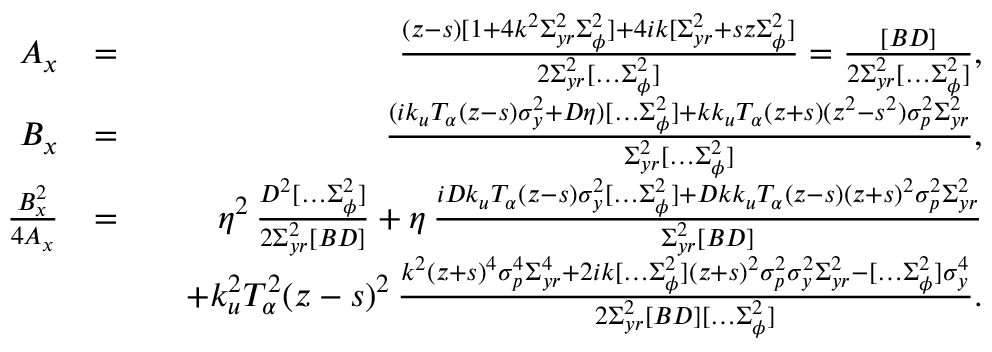
\begin{array} { r l r } { A _ { x } } & { = } & { \frac { ( z - s ) [ 1 + 4 k ^ { 2 } \Sigma _ { y r } ^ { 2 } \Sigma _ { \phi } ^ { 2 } ] + 4 i k [ \Sigma _ { y r } ^ { 2 } + s z \Sigma _ { \phi } ^ { 2 } ] } { 2 \Sigma _ { y r } ^ { 2 } [ \hdots \Sigma _ { \phi } ^ { 2 } ] } = \frac { [ B D ] } { 2 \Sigma _ { y r } ^ { 2 } [ \hdots \Sigma _ { \phi } ^ { 2 } ] } , } \\ { B _ { x } } & { = } & { \frac { ( i k _ { u } T _ { \alpha } ( z - s ) \sigma _ { y } ^ { 2 } + D \eta ) [ \hdots \Sigma _ { \phi } ^ { 2 } ] + k k _ { u } T _ { \alpha } ( z + s ) ( z ^ { 2 } - s ^ { 2 } ) \sigma _ { p } ^ { 2 } \Sigma _ { y r } ^ { 2 } } { \Sigma _ { y r } ^ { 2 } [ \hdots \Sigma _ { \phi } ^ { 2 } ] } , } \\ { \frac { B _ { x } ^ { 2 } } { 4 A _ { x } } } & { = } & { \eta ^ { 2 } \, \frac { D ^ { 2 } [ \hdots \Sigma _ { \phi } ^ { 2 } ] } { 2 \Sigma _ { y r } ^ { 2 } [ B D ] } + \eta \, \frac { i D k _ { u } T _ { \alpha } ( z - s ) \sigma _ { y } ^ { 2 } [ \hdots \Sigma _ { \phi } ^ { 2 } ] + D k k _ { u } T _ { \alpha } ( z - s ) ( z + s ) ^ { 2 } \sigma _ { p } ^ { 2 } \Sigma _ { y r } ^ { 2 } } { \Sigma _ { y r } ^ { 2 } [ B D ] } } \\ & { } & { \quad + k _ { u } ^ { 2 } T _ { \alpha } ^ { 2 } ( z - s ) ^ { 2 } \, \frac { k ^ { 2 } ( z + s ) ^ { 4 } \sigma _ { p } ^ { 4 } \Sigma _ { y r } ^ { 4 } + 2 i k [ \hdots \Sigma _ { \phi } ^ { 2 } ] ( z + s ) ^ { 2 } \sigma _ { p } ^ { 2 } \sigma _ { y } ^ { 2 } \Sigma _ { y r } ^ { 2 } - [ \hdots \Sigma _ { \phi } ^ { 2 } ] \sigma _ { y } ^ { 4 } } { 2 \Sigma _ { y r } ^ { 2 } [ B D ] [ \hdots \Sigma _ { \phi } ^ { 2 } ] } . } \end{array}